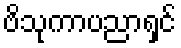
ဗိသုကာပညာရှင်